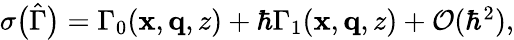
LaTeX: \begin{array}{r}{\sigma\big(\hat{\Gamma}\big)=\Gamma_{0}(\mathbf{x},\mathbf{q},z)+\hbar\Gamma_{1}(\mathbf{x},\mathbf{q},z)+\mathcal{O}(\hbar^{2}),}\end{array}